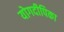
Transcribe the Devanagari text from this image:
योगदीपिका